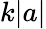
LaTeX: k|a|